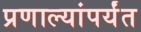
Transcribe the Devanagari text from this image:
प्रणाल्यांपर्यंत